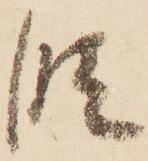
段